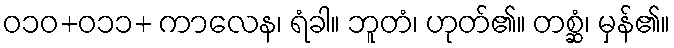
ဝ၁၀+၀၁၁+ ကာလေန၊ ရံခါ။ ဘူတံ၊ ဟုတ်၏။ တစ္ဆံ၊ မှန်၏။